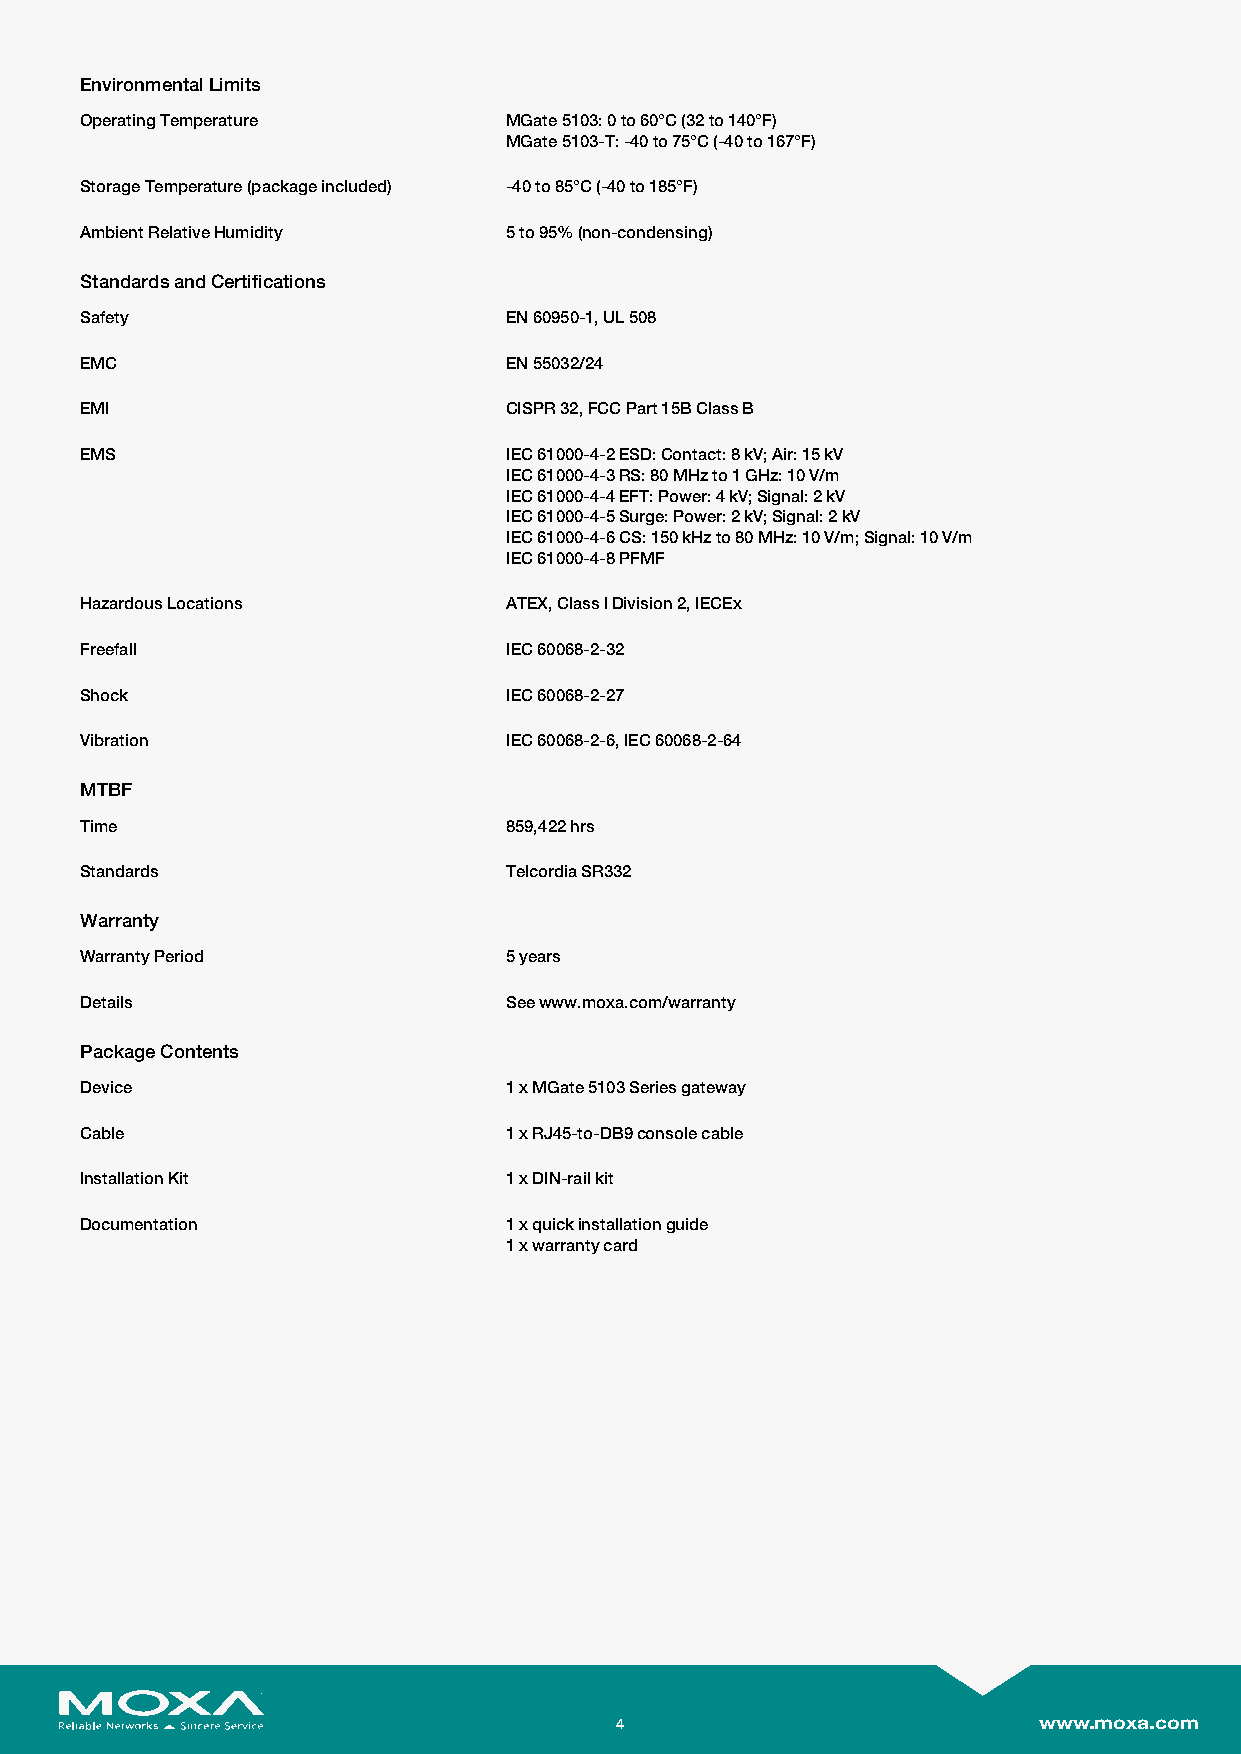
EnvironmentalLimits
 OperatingTemperature        MGate5103:0to60°C(32to140°F)
 MGate5103-T:-40to75°C(-40to167°F)
 StorageTemperature(packageincluded) -40to85°C(-40to185°F)
 AmbientRelativeHumidity     5to95%(non-condensing)
 StandardsandCertifications
 Safety                      EN60950-1,UL508
 EMC                         EN55032/24
 EMI                         CISPR32,FCCPart15BClassB
 EMS                         IEC61000-4-2ESD:Contact:8kV;Air:15kV
 IEC61000-4-3RS:80MHzto1GHz:10V/m
 IEC61000-4-4EFT:Power:4kV;Signal:2kV
 IEC61000-4-5Surge:Power:2kV;Signal:2kV
 IEC61000-4-6CS:150kHzto80MHz:10V/m;Signal:10V/m
 IEC61000-4-8PFMF
 HazardousLocations          ATEX,ClassIDivision2,IECEx
 Freefall                    IEC60068-2-32
 Shock                       IEC60068-2-27
 Vibration                   IEC60068-2-6,IEC60068-2-64
 MTBF
 Time                        859,422hrs
 Standards                   TelcordiaSR332
 Warranty
 WarrantyPeriod              5years
 Details                     Seewww.moxa.com/warranty
 PackageContents
 Device                      1xMGate5103Seriesgateway
 Cable                       1xRJ45-to-DB9consolecable
 InstallationKit             1xDIN-railkit
 Documentation               1xquickinstallationguide
 1xwarrantycard
 4                           www.moxa.com